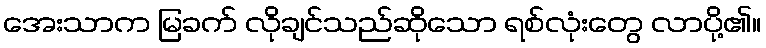
အေးသာက မြခက် လိုချင်သည်ဆိုသော ရစ်လုံးတွေ လာပို့၏။